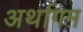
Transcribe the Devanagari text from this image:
अर्थागम